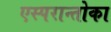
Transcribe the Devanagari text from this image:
एस्परान्तोका